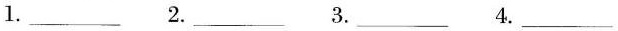
1___ 2. ___ 3.___ 4. ___